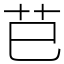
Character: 𦬊